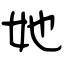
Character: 她